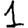
Digit: 1